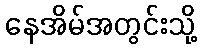
နေအိမ်အတွင်းသို့